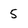
Character: 5